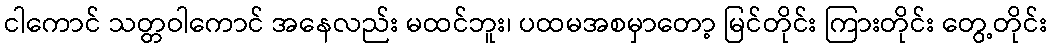
ငါကောင် သတ္တဝါကောင် အနေလည်း မထင်ဘူး၊ ပထမအစမှာတော့ မြင်တိုင်း ကြားတိုင်း တွေ့တိုင်း